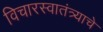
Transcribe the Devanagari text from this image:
विचारस्वातंत्र्याचे